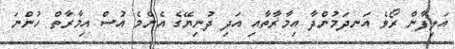
އަލިފާން ރޯވެ އަނދަމުންދާ އިމާރާތާއި އަދި ދުނިޔޭގެ އެންމެ އުސް އިމާރާތް ހުންނަ